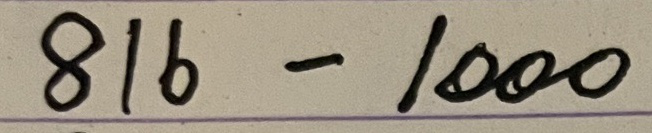
816 - 1000